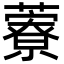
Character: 藔